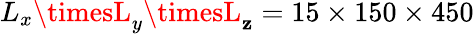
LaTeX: L_{x}\timesL_{y}\timesL_{\mathbf{z}}=15\times150\times450